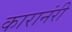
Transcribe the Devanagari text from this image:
कारानंरी